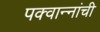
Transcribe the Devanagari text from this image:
पक्वान्‍नांची